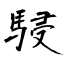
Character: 駸